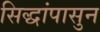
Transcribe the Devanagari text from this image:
सिद्धांपासुन